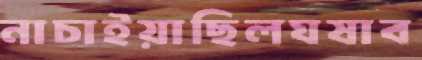
নাচাইয়াছিলঘষাব